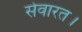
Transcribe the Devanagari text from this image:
सेवारत।